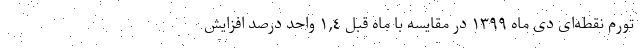
تورم نقطه‌ای دی ماه ١٣٩٩ در مقایسه با ماه قبل ١,٤ واحد درصد افزایش